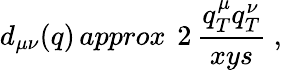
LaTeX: d_{\mu\nu}(q)\, approx\ \, 2\, \frac{q_{T}^{\mu}q_{T}^{\nu}}{xys}\ ,